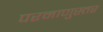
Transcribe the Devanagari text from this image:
परमाणुस्तर